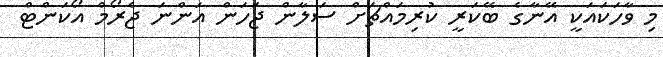
މި ވާހަކައަކީ އޭނާގެ ބޭކަރީ ކުރިމައްޗަށް ސަލާން ޖަހަން އަންނަ ޖެރޯމް އޯކަންޓް